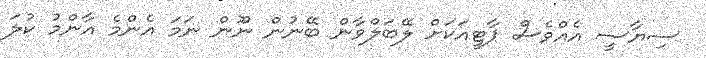
ސިޔާސީ އެއްވެސް ޕާޓީއަކަށް ލޭބަލްވާން ބޭނުން ނޫން ނަމަ އެންމެ އާންމު ކުލަ